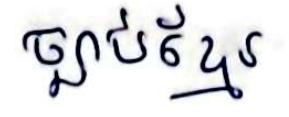
ច្បាប់ខ្មែរ